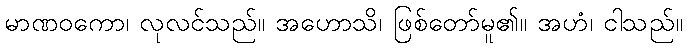
မာဏဝကော၊ လုလင်သည်။ အဟောသိ၊ ဖြစ်တော်မူ၏။ အဟံ၊ ငါသည်။